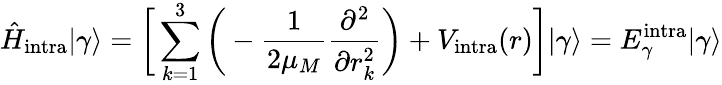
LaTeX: \hat{H}_{\mathrm{intra}}|\gamma\rangle=\bigg[\sum_{k=1}^{3}\bigg(-{\frac{1}{2\mu_{M}}}{\frac{\partial^{2}}{\partial r_{k}^{2}}}\bigg)+V_{\mathrm{intra}}(r)\bigg]|\gamma\rangle=E_{\gamma}^{\mathrm{intra}}|\gamma\rangle